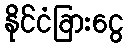
နိုင်ငံခြားငွေ